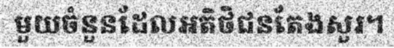
មួយចំនួនដែលអតិថិជនតែងសួរ។